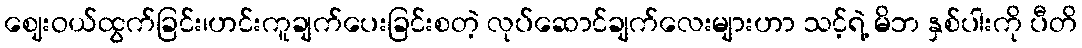
ဈေးဝယ်ထွက်ခြင်း၊ဟင်းကူချက်ပေးခြင်းစတဲ့ လုပ်ဆောင်ချက်လေးများဟာ သင့်ရဲ့ မိဘ နှစ်ပါးကို ပီတိ